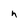
Character: h